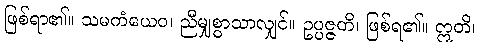
ဖြစ်ရာ၏။ သမကံယေဝ၊ ညီမျှစွာသာလျှင်။ ဥပ္ပဇ္ဇတိ၊ ဖြစ်ရ၏။ ဣတိ၊